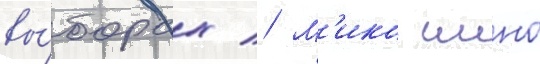
вы́борах // М'ико иино